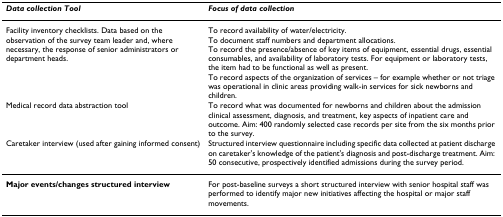
<table><thead><tr><td><b><i>Data collection Tool</i></b></td><td><b><i>Focus of data collection</i></b></td></tr></thead><tbody><tr><td>Facility inventory checklists. Data based on the observation of the survey team leader and, where necessary, the response of senior administrators or department heads.</td><td>To record availability of water/electricity.To document staff numbers and department allocations.To record the presence/absence of key items of equipment, essential drugs, essential consumables, and availability of laboratory tests. For equipment or laboratory tests, the item had to be functional as well as present.To record aspects of the organization of services – for example whether or not triage was operational in clinic areas providing walk-in services for sick newborns and children.</td></tr><tr><td>Medical record data abstraction tool</td><td>To record what was documented for newborns and children about the admission clinical assessment, diagnosis, and treatment, key aspects of inpatient care and outcome. Aim: 400 randomly selected case records per site from the six months prior to the survey.</td></tr><tr><td>Caretaker interview (used after gaining informed consent)</td><td>Structured interview questionnaire including specific data collected at patient discharge on caretaker&#x27;s knowledge of the patient&#x27;s diagnosis and post-discharge treatment. Aim: 50 consecutive, prospectively identified admissions during the survey period.</td></tr><tr><td><b>Major events/changes structured interview</b></td><td>For post-baseline surveys a short structured interview with senior hospital staff was performed to identify major new initiatives affecting the hospital or major staff movements.</td></tr></tbody></table>